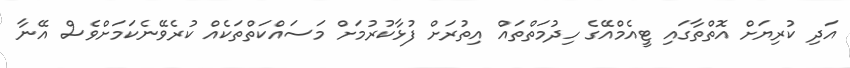
އަދި ކުރިޔަށް އޮތްތާގައި ޓީއެމްއޭގެ ހިދުމަތްތައް އިތުރަށް ފުޅާކުރުމަށް މަސައްކަތްތަކެއް ކުރެވޭނެކަމަށްވެސް އޭނާ